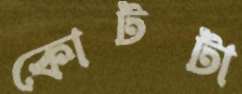
কোটটা